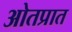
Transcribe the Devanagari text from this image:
ओतप्रात